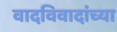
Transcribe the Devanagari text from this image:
वादविवादांच्या